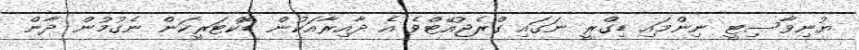
ޔުނިވާސިޓީ ނިންމައި ޑިގްރީ ނަގައި ގްރެޖުއޭޓްވެ އެ ދާއިރާއަކުން ޑޮކްޓަރީކަން ނެގުމުން ދާން